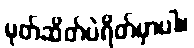
မုတ်ဆိတ်ပဲရိတ်မှာပါ။